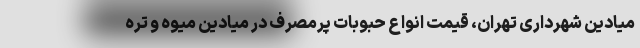
میادین شهرداری تهران، قیمت انواع حبوبات پرمصرف در میادین میوه و تره